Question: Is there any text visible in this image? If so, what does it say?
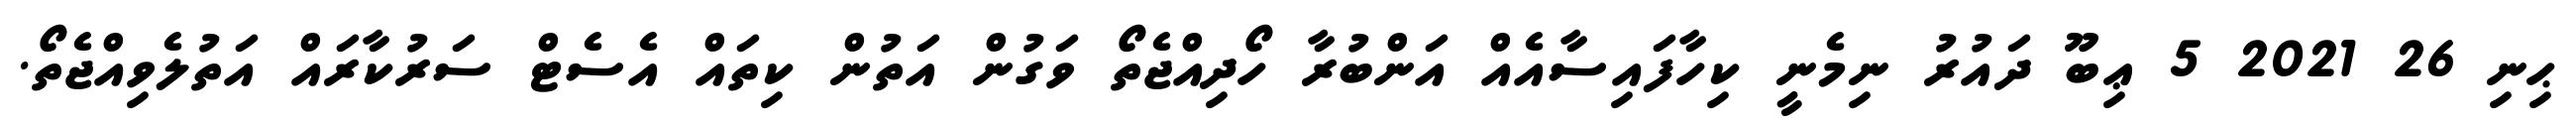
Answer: ޙިނި 26 2021 5 ޢިބޫ ދައުރު ނިމެނީ ކިހާފައިސާއެއް އަންބުރާ ހޯދިއްޖެތޯ ވަގުން އަތުން ކިތައް އެސެޓް ސަރުކާރައް އަތުލެވިއްޖެތޯ.